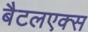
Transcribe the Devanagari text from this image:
बैटलएक्स